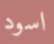
اسود